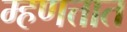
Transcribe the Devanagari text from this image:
म्हणत्तात